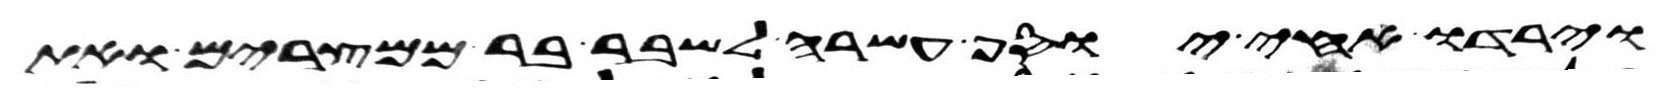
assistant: וירדו אחי יוסף עשרה לשבר בר ממצרים ואת